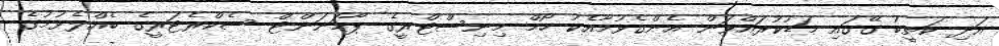
އަދި ކަތީބު ގޭގައި މަޑުކުރައްވަން އެންގެވުމާއެކު ހޯމް މިނިސްޓްރީގެ ޕާމަނަންޓް ސެކްރެޓަރީގެ ބެއްލެވުމުގެ